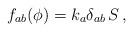
LaTeX: \begin{align*}f_{ab} (\phi) = k_a \delta_{ab} \, S \, ,\end{align*}